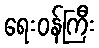
ရေးဝန်ကြီး